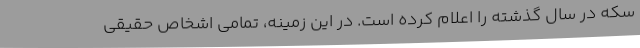
سکه در سال گذشته را اعلام کرده است. در این زمینه، تمامی اشخاص حقیقی